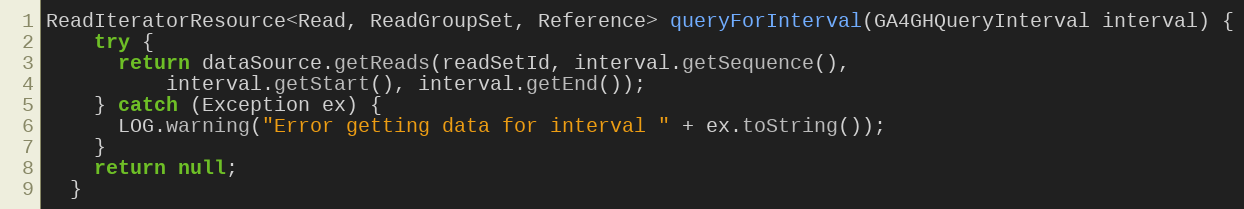
Language: Java
ReadIteratorResource<Read, ReadGroupSet, Reference> queryForInterval(GA4GHQueryInterval interval) {
    try {
      return dataSource.getReads(readSetId, interval.getSequence(),
          interval.getStart(), interval.getEnd());
    } catch (Exception ex) {
      LOG.warning("Error getting data for interval " + ex.toString());
    }
    return null;
  }